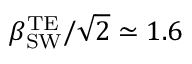
\beta _ { \mathrm { S W } } ^ { \mathrm { T E } } / \sqrt { 2 } \simeq 1 . 6